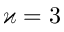
\varkappa = 3